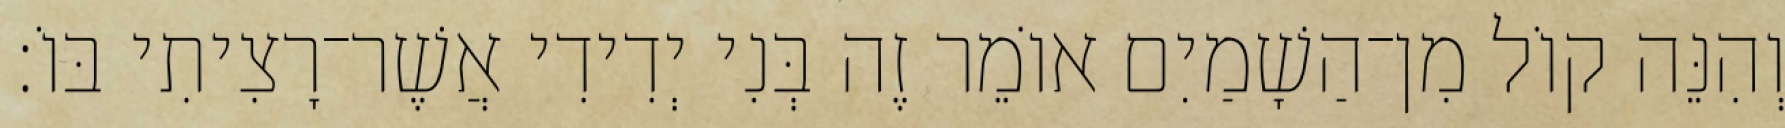
וְהִנֵּה קוֹל מִן־הַשָׁמַיִם אוֹמֵר זֶה בְּנִי יְדִידִי אֲשֶׁר־רָצִיתִי בּוֹ׃